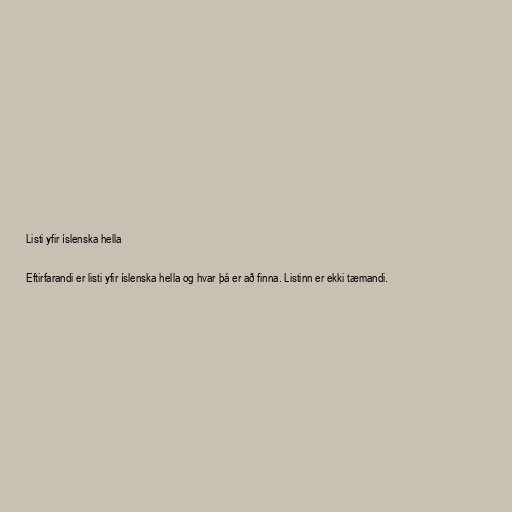
Listi yfir íslenska hella

Eftirfarandi er listi yfir íslenska hella og hvar þá er að finna. Listinn er ekki tæmandi.